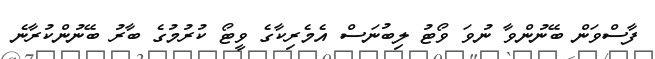
ފާސްވަން ބޭނުންވާ ނުވަ ވޯޓު ލިބުނަސް އެމެރިކާގެ ވީޓޯ ކުރުމުގެ ބާރު ބޭނުންކުރާނެ